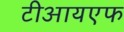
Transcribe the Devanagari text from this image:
टीआयएफ